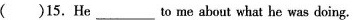
( )15. He ___to me about what he was doing